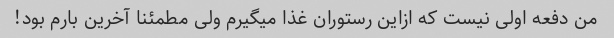
من دفعه اولی نیست که ازاین رستوران غذا میگیرم ولی مطمئنا آخرین بارم بود!